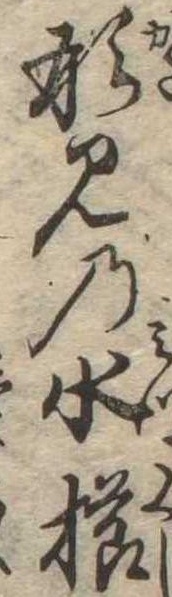
形見の水櫛